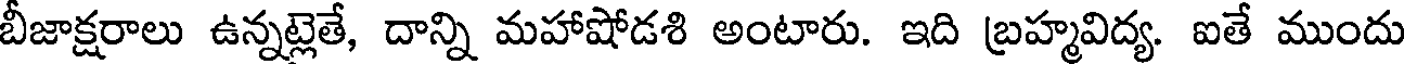
బీజాక్షరాలు ఉన్నట్లెతే, దాన్ని మహాషోడశి అంటారు. ఇది బ్రహ్మవిద్య. ఐతే ముందు